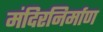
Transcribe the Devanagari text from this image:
मंदिरनिर्माण